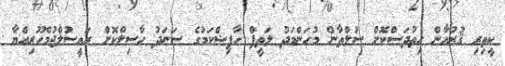
ކީތިރި ޤުރުއާން ހިތުދަސްކޮށް ސުލްތާން މުހަންމަދު ލަތީފް ހާފިޟްކަމުގެ ސަނަދު ހާސިލްކޮށް ރައީސުލްޖުމްހޫރިއްޔާ